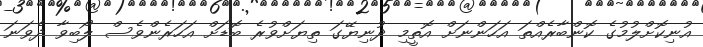
އުނިކޮށްލުމުގެ ކޮންބާރެއްތަ އަހަންނަށް އޮތީމި ދުނިޔޭގަ ތިޔަށްވުރެ ބޮޑަށް އަހަރެންވެސް ލޯބިވާ ދެވަނަ